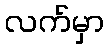
လက်မှာ